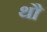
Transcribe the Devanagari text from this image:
थौ